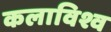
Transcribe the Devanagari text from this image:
कलाविश्व